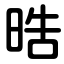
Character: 晧